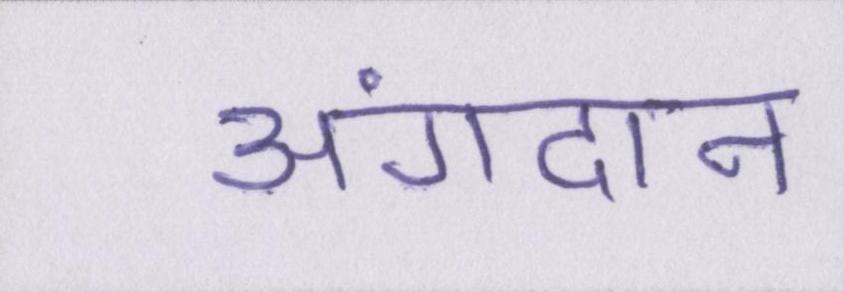
अंगदान